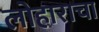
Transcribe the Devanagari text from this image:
लोहाराचा